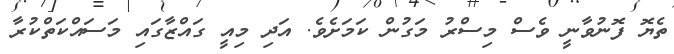
ތެޔޮ ފޮނުވާނީ ވެސް މިސްރު މަގުން ކަމަށެވެ. އަދި މިއީ ގައްޒާގައި މަސައްކަތްކުރާ